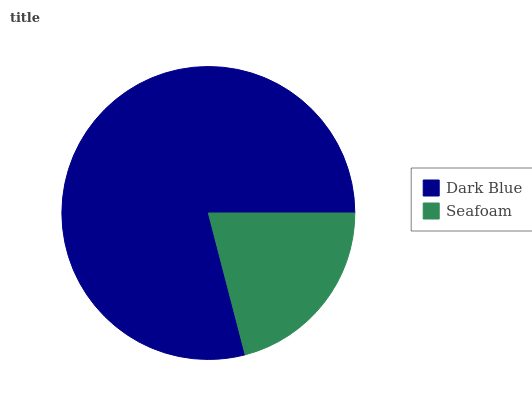
| Dark Blue | Seafoam |
 | --- | --- |
 | 79% | 21% |